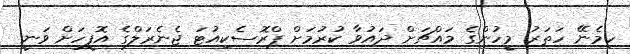
ހިމެނޭ ހަތަރު މީހުންގެ މައްޗަށް ދައުވާ ކުރުމަށް ޕްރޮސެކިއުޓަ ޖެނެރަލްގެ އޮފީހަށް ވަނީ